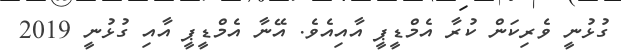
ގުޅުނީ ވެރިކަން ކުރާ އެމްޑީޕީ އާއިއެވެ. އޭނާ އެމްޑީޕީ އާއި ގުޅުނީ 2019